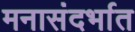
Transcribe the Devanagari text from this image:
मनासंदर्भात